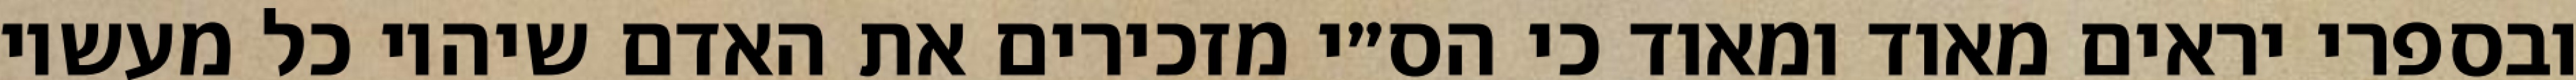
ובספרי יראים מאוד ומאוד כי הס״י מזכירים את האדם שיהיו כל מעשיו